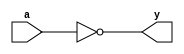
module basic_not(a, y);  
input a;
output y;
assign y = ! a;
endmodule